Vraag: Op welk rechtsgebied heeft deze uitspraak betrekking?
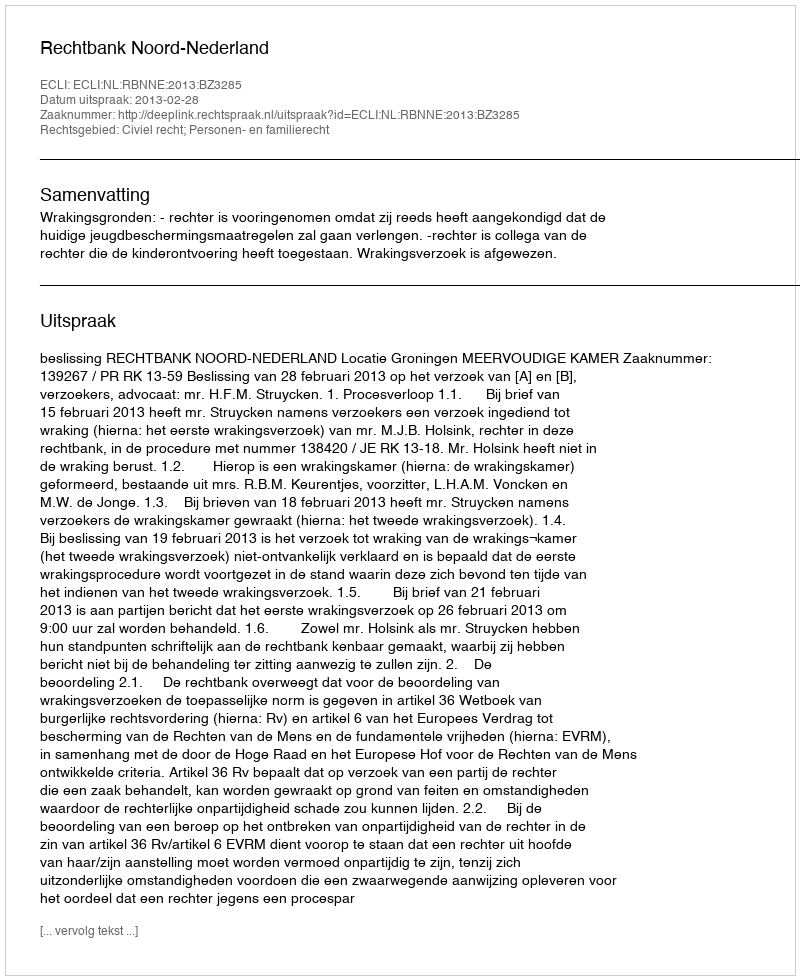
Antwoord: Civiel recht; Personen- en familierecht